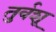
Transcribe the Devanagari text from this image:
तुर्वशू